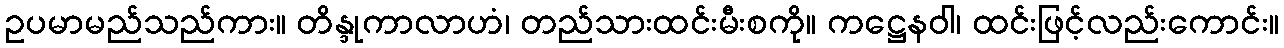
ဥပမာမည်သည်ကား။ တိန္ဒုကာလာဟံ၊ တည်သားထင်းမီးစကို။ ကဋ္ဌေနဝါ၊ ထင်းဖြင့်လည်းကောင်း။